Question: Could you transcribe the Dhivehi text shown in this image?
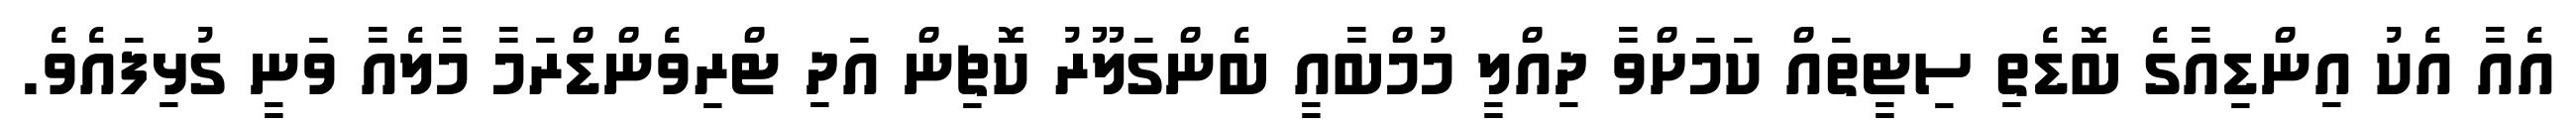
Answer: އެއާ އެކު އިންޑިއާގެ ބޮޑެތި ސިޓީތައް ކަމަށްވާ ދިއްލީ މުމްބާއީ ބެންގަލޫރު ކޮޗިން އަދި ޓްރިވެންޑްރަމާ މާލެއާ ވަނީ ގުޅިފައެވެ.